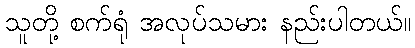
သူတို့ စက်ရုံ အလုပ်သမား နည်းပါတယ်။